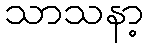
သာသနာ့